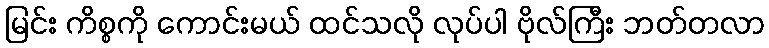
မြင်း ကိစ္စကို ကောင်းမယ် ထင်သလို လုပ်ပါ ဗိုလ်ကြီး ဘတ်တလာ